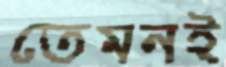
তেমনই